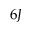
6 J